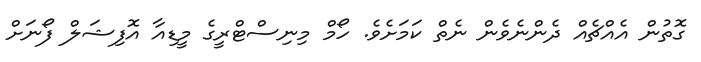
ގޮތުން އެއްޗެއް ދެންނެވެން ނެތް ކަމަށެވެ. ހޯމް މިނިސްޓްރީގެ މީޑިއާ އޮފިޝަލް ފޯނަށް